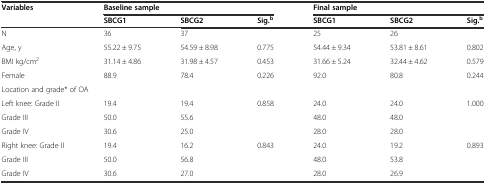
<table><thead><tr><td><b>Variables</b></td><td colspan="3"><b>Baseline sample</b></td><td colspan="3"><b>Final sample</b></td></tr><tr><td></td><td><b>SBCG1</b></td><td><b>SBCG2</b></td><td><b>Sig.<sup>b</sup></b></td><td><b>SBCG1</b></td><td><b>SBCG2</b></td><td><b>Sig.<sup>b</sup></b></td></tr></thead><tbody><tr><td>N</td><td>36</td><td>37</td><td></td><td>25</td><td>26</td><td></td></tr><tr><td>Age, y</td><td>55.22 ± 9.75</td><td>54.59 ± 8.98</td><td>0.775</td><td>54.44 ± 9.34</td><td>53.81 ± 8.61</td><td>0.802</td></tr><tr><td>BMI kg/cm<sup>2</sup></td><td>31.14 ± 4.86</td><td>31.98 ± 4.57</td><td>0.453</td><td>31.66 ± 5.24</td><td>32.44 ± 4.62</td><td>0.579</td></tr><tr><td>Female</td><td>88.9</td><td>78.4</td><td>0.226</td><td>92.0</td><td>80.8</td><td>0.244</td></tr><tr><td colspan="6">Location and grade* of OA</td><td></td></tr><tr><td>Left knee: Grade II</td><td>19.4</td><td>19.4</td><td>0.858</td><td>24.0</td><td>24.0</td><td>1.000</td></tr><tr><td>Grade III</td><td>50.0</td><td>55.6</td><td></td><td>48.0</td><td>48.0</td><td></td></tr><tr><td>Grade IV</td><td>30.6</td><td>25.0</td><td></td><td>28.0</td><td>28.0</td><td></td></tr><tr><td>Right knee: Grade II</td><td>19.4</td><td>16.2</td><td>0.843</td><td>24.0</td><td>19.2</td><td>0.893</td></tr><tr><td>Grade III</td><td>50.0</td><td>56.8</td><td></td><td>48.0</td><td>53.8</td><td></td></tr><tr><td>Grade IV</td><td>30.6</td><td>27.0</td><td></td><td>28.0</td><td>26.9</td><td></td></tr></tbody></table>